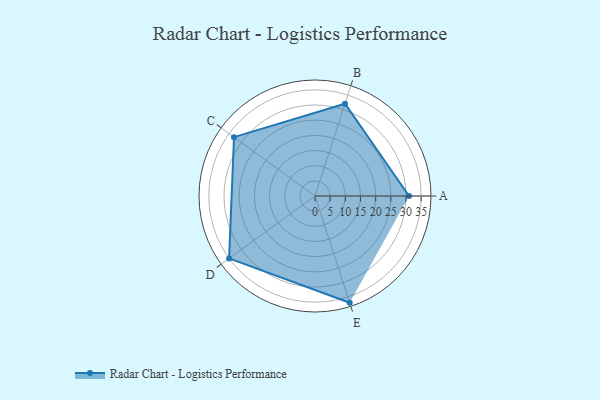
{"axis": {"x": "Skill", "y": "Score"}, "legend": ["Profile"], "data": [{"x": "A", "y": 31.0, "type": "Profile"}, {"x": "B", "y": 32.0, "type": "Profile"}, {"x": "C", "y": 33.0, "type": "Profile"}, {"x": "D", "y": 35.0, "type": "Profile"}, {"x": "E", "y": 37.0, "type": "Profile"}]}